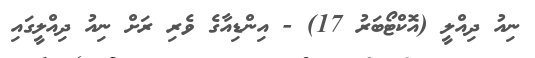
ނިއު ދިއްލީ (އޮކްޓޯބަރު 17) - އިންޑިއާގެެ ވެރި ރަށް ނިއު ދިއްލީގައި